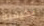
بكيفية